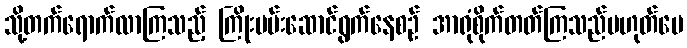
သို့တက်ရောက်လာကြသည့် ကြိုးပမ်းဆောင်ရွက်နေစဉ် အာရုံစိုက်တတ်ကြသည်မဟုတ်ပေ